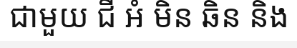
ជាមួយ ជី អំ មិន ឆិន និង